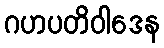
ဂဟပတိဝါဒေန